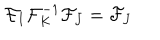
LaTeX: \mathcal { F } _ { I } \mathcal { F } _ { K } ^ { - 1 } \mathcal { F } _ { J } = \mathcal { F } _ { J }